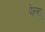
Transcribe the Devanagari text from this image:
पेल्यू